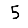
Digit: 5